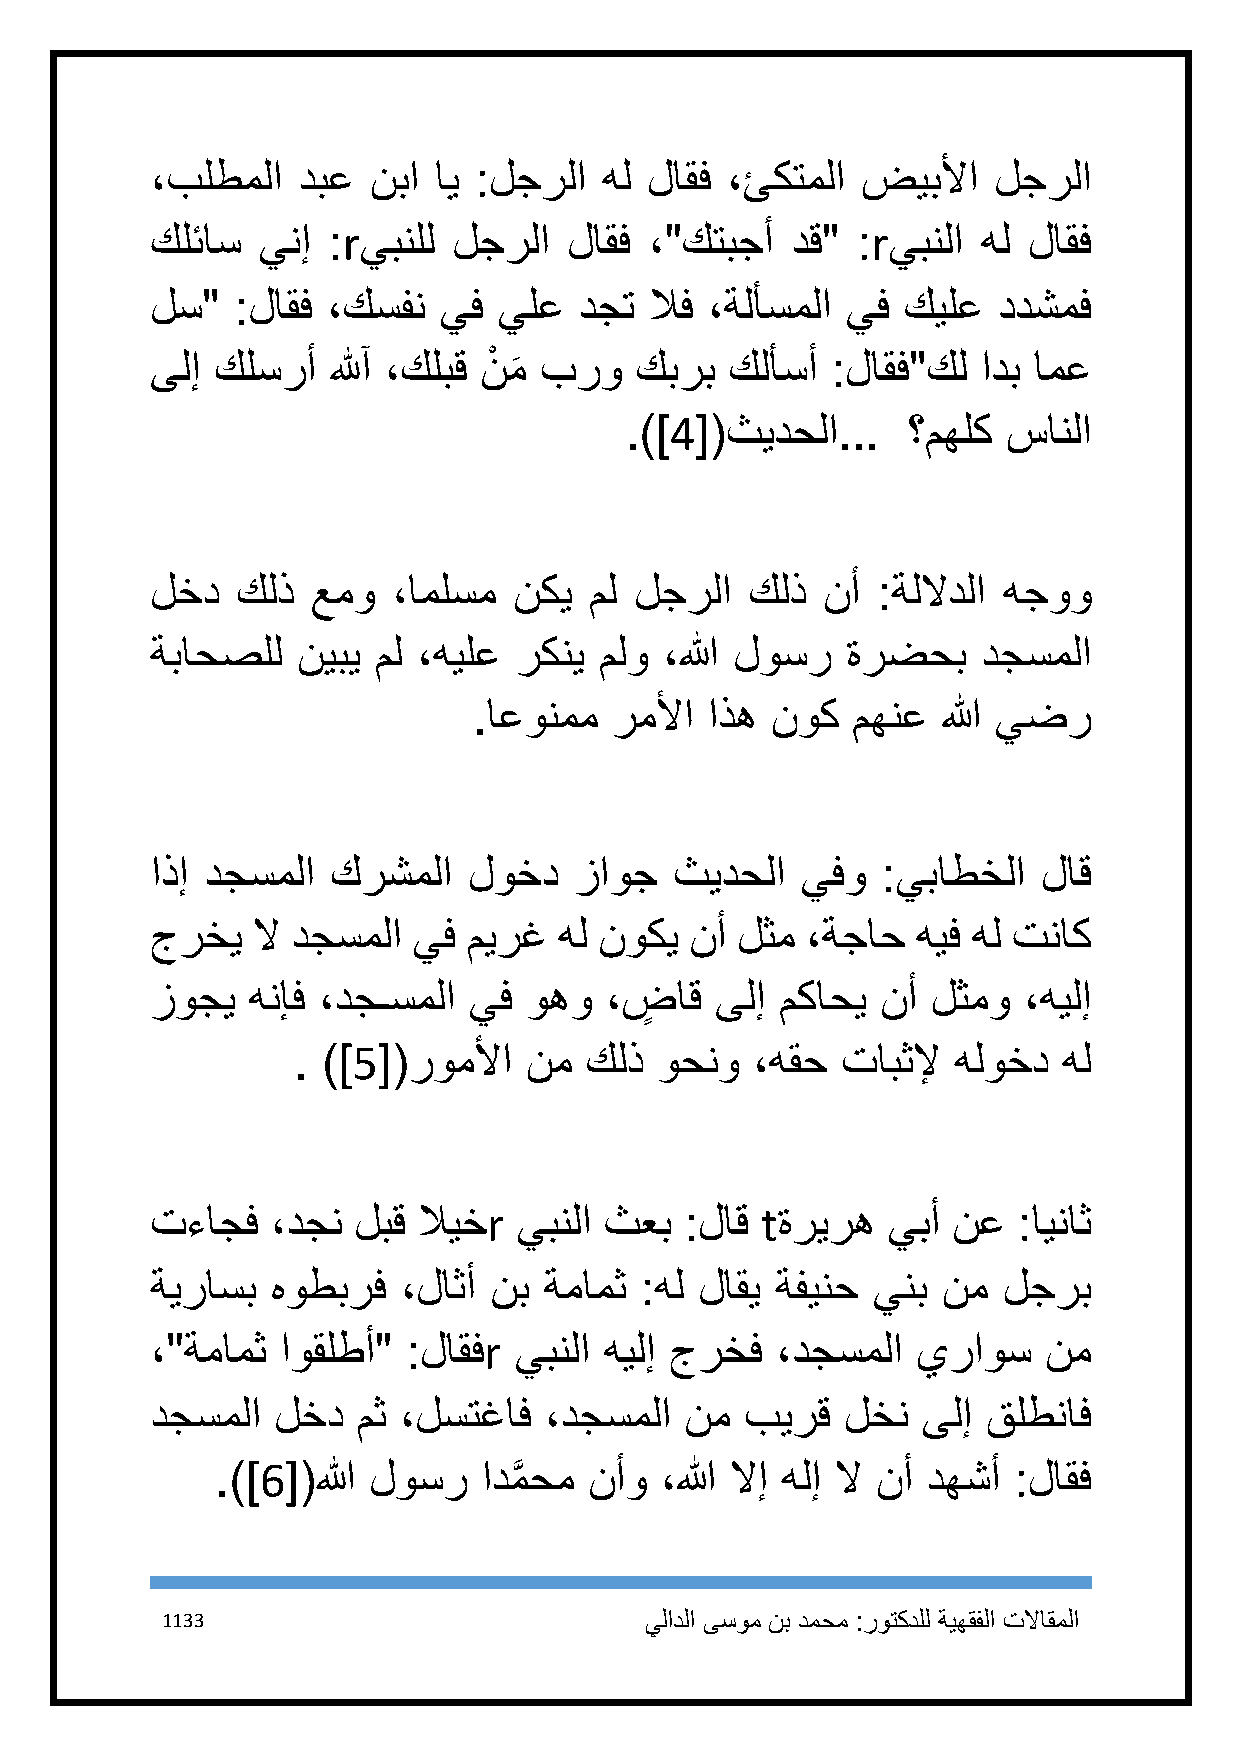
،بلطملا   دبع نبا  اي :لجرلا  هل لاقف ،ئكتملا  ضيبلأا   لجرلا
 كلئاس  ينإ  :rيبنلل لجرلا   لاقف ،"كتبجأ  دق"  :rيبنلا هل لاقف
 لس"   :لاقف ،كسفن  يف  يلع  دجت  لاف ،ةلأسملا يف  كيلع  ددشمف
 ىلإ كلسرأ   للهآ ،كلبق نْ م برو كبرب  كلأسأ  :لاقف"كل  ادب امع
 َ
 .)]4[(ثيدحلا...    ؟مهلك  سانلا
 لخد   كلذ  عمو  ،املسم  نكي  مل لجرلا   كلذ نأ  :ةللادلا هجوو
 ةباحصلل   نيبي مل ،هيلع ركني  ملو ،الله لوسر  ةرضحب    دجسملا
 .اعونمم  رملأا  اذه نوك  مهنع  الله يضر
 اذإ دجسملا  كرشملا   لوخد   زاوج   ثيدحلا  يفو  :يباطخلا   لاق
 جرخي   لا دجسملا يف  ميرغ  هل نوكي  نأ لثم ،ةجاح   هيف هل تناك
 زوجي  هنإف ،دجـسملا  يف  وهو  ،ضٍ  اق ىلإ مكاحي نأ  لثمو  ،هيلإ
 . )]5[(روملأا   نم  كلذ وحنو   ،هقح  تابثلإ هلوخد  هل
 تءاجف   ،دجن لبق  لايخr يبنلا ثعب  :لاق tةريره   يبأ نع  :ايناث
 ةيراسب  هوطبرف   ،لاثأ نب ةمامث :هل لاقي ةفينح  ينب نم  لجرب
 ،"ةمامث  اوقلطأ" :لاقفr يبنلا هيلإ جرخف  ،دجسملا   يراوس   نم
 دجسملا  لخد   مث ،لستغاف  ،دجسملا  نم  بيرق   لخن  ىلإ قلطناف
 .)]6[(الله لوسر   ادمَّ حم نأو ،الله لاإ هلإ لا نأ دهشأ :لاقف
 1133                            يلادلا ىسوم نب دمحم :روتكدلل ةيهقفلا تلااقملا